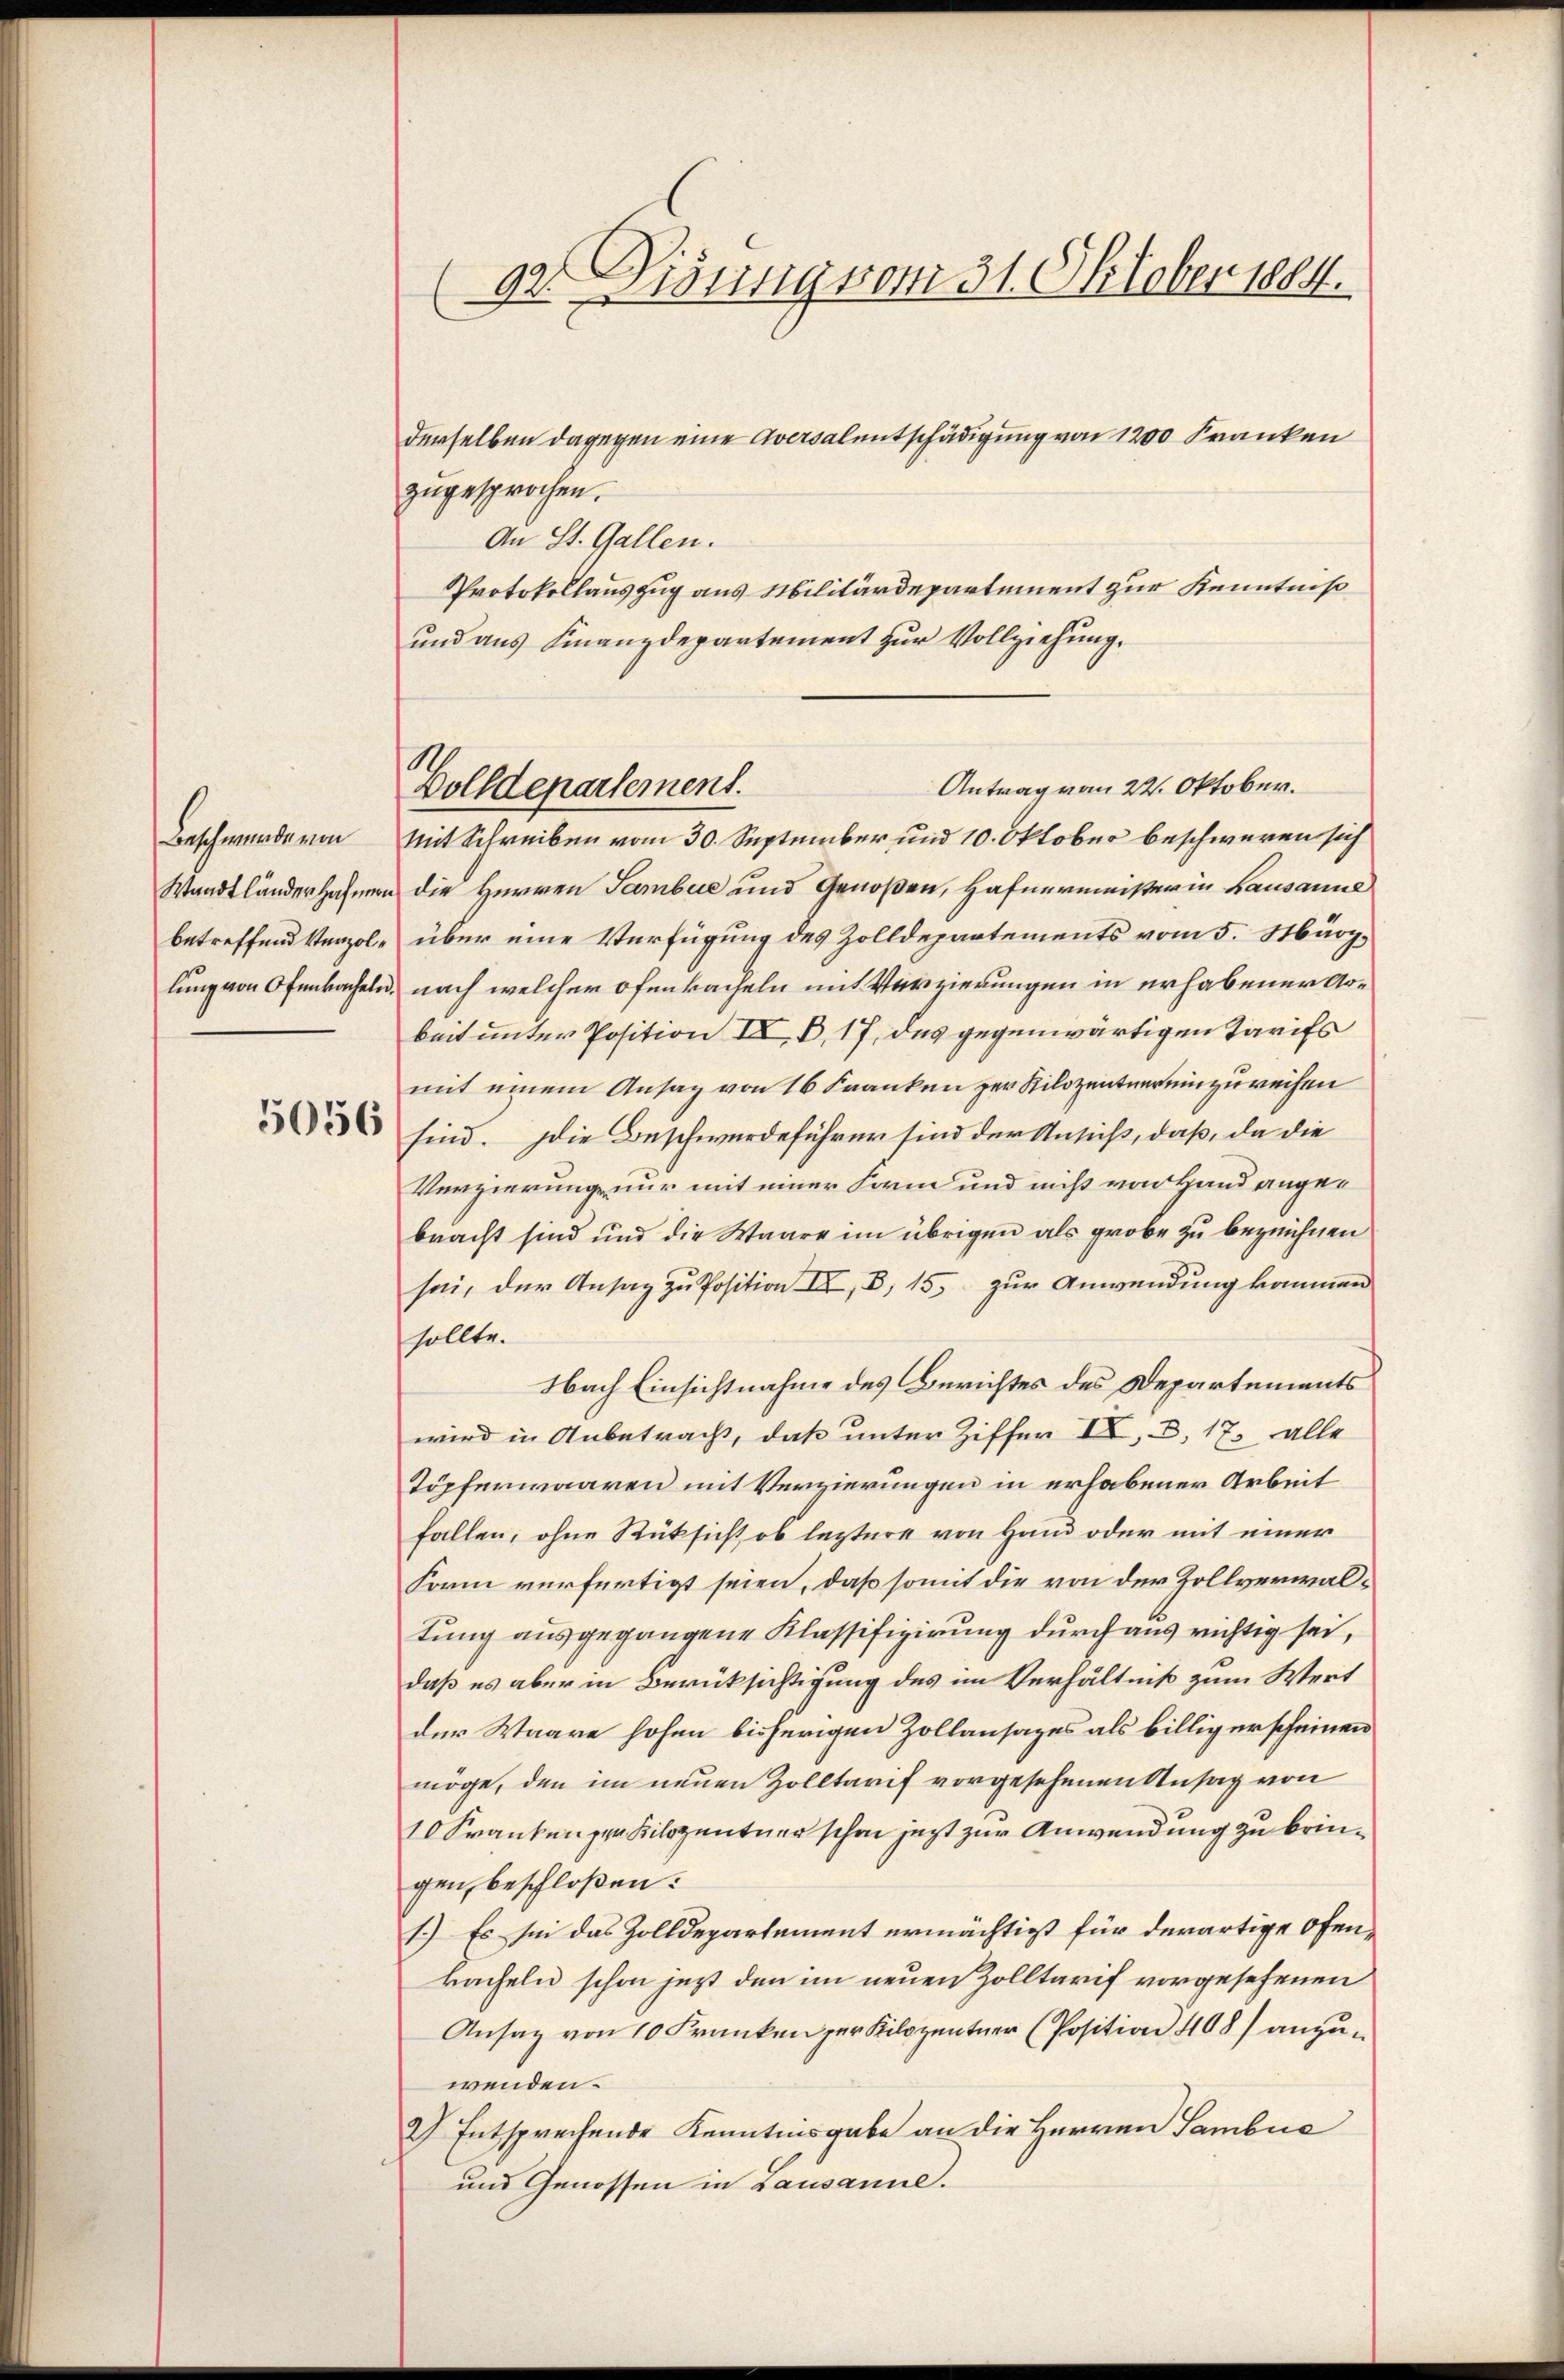
Beschwunde von

derselben dagegen eine Aversalentschädigung von 1200 Franken
zugesprochen.
An St. Gallen.
Protokollauszug aus Militärdepartement zur Kenntniß
und aus Finanzdepartement zur Vollziehung.
Mit Schreiben vom 30. September und 10. Oktober beschweren sich
Waadtländersahmen die Herren Sambuc und Genoßen, Hafnermeister in Lausanne
betreffend Venzol- über eine Verfügung des Zolldepartements vom 5. März,
lung von Ofenbacheln, nach welcher Ofenbacheln mit Verzierungen in erhabener Arbeit unter Position IV, B. 17, das gegenwärtigen Tarifs
mit einem Ansag von 16 Franken zur Rilozentner einzureihen
 sind. Die Beschwerdeführer sind der Antriß, daß, da die
Verzierung nur mit einer Form und nicht von Hand angebracht sind und die Waare im übrigen als grobe zu bezeichnen
sei, der Ansag zu Position II, 8, 15. zur Anwendung kommen
sollte.
Nach Einsichtnahme des Berichtes des Departements
wird in Anbetracht, daß unter Ziffer IV D, 17. alle
Töpferwaaren mit Verzierungen in erhabener Arbeit
fallen, ohne Rüksicht, ob leztere von Hand oder mit einer
Form verfertigt seien, daß somit die von der Zollverwaltung ausgegangene Klassifigirung durch aus richtig sei,
daß es aber in Berücksichtigung des im Verhältniß zum Wert
der Waare hohen bisherigen Zollansazes als billig erscheinen
möge, den im neuen Zolltarif vorgesehenen Ansag von
10 Kranken per Kilozentuer schon jezt zur Anwendung zu bringen, beschloßen:
1.) Es sei das Zolldepartement ermächtigt für derartige Ofen-
kacheln schon jetzt den im neuen Zolltarif vorgesehenen
Ansatz von 10 Franken für Kilozentner (Position 408) anzuwenden.
2) Entsprechende Kenntnisgabe an die Herren Sambuc
und Genossen in Lausanne.

(92. Disung vom 31. Oktober 1884.

Antrag vom 22. Oktober.
Golldepartement.